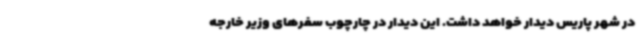
در شهر پاریس دیدار خواهد داشت. این دیدار در چارچوب سفرهای وزیر خارجه